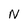
Character: N